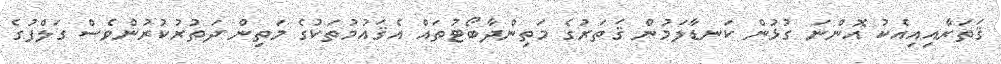
ޤަތަރާއިއިއެކު އޮންނަ ގުޅުން ކަނޑާލަމުން ޤަތަރުގެ މަތިންދާބޯޓުތައް އެޤައުމުތަކުގެ މަތިން ދަތުރުކުރުންވެސް ގަލްފުގެ